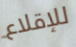
للإقلاع